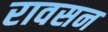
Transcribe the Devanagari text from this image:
रावसन